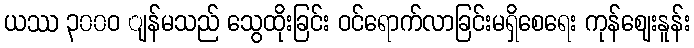
ယဿ ၃၀၀ဝ ျန်မသည် သွေထိုးခြင်း ဝင်ရောက်လာခြင်းမရှိစေရေး ကုန်ဈေးနူန်း